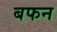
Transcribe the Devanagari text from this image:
बफन